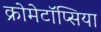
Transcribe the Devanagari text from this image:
क्रोमेटॉप्सिया